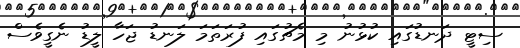
ސިޓީ ދަނޑުގައި ކުޅުނު މި މެޗުގައި ފުރަތަމަ ލަނޑު ޖަހާ ލީޑު ނެގީވެސް